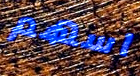
اسهم